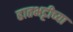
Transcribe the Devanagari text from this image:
हातभट्टीच्या